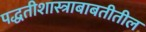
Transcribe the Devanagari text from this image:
पद्धतीशास्त्राबाबतीतील